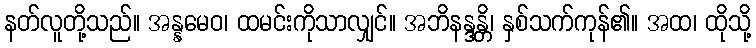
နတ်လူတို့သည်။ အန္နမေဝ၊ ထမင်းကိုသာလျှင်။ အဘိနန္ဒန္တိ၊ နှစ်သက်ကုန်၏။ အထ၊ ထိုသို့